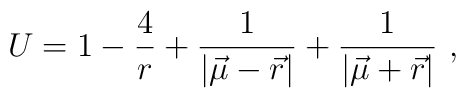
U=1-\frac{4}{r}+\frac{1}{|{\vec \mu}-{\vec r}|}+\frac{1}{|{\vec \mu}+{\vec r}|}\ ,